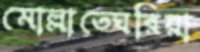
মোল্লাতেঘরিয়া